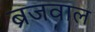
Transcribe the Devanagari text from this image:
ब्रजवाल